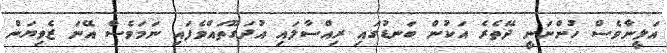
އަލީނާވެސް ހުންނަނީ ދޭތެރެ އަކުން ބަނޑުގައި ރިއްސާލައި އުދަގޫތައްވެފައި ނަމަވެސް އޭނަ ޒެވިޔަން